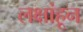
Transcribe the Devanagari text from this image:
लक्षांहून